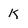
Character: k